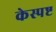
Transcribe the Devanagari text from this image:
केस्पष्ट